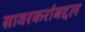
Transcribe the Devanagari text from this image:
सावरकरांबद्दल